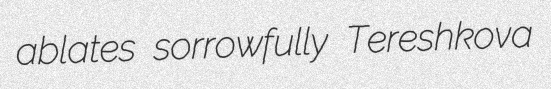
ablates sorrowfully Tereshkova